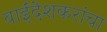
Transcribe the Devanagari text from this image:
वाईंदेशकरांचा